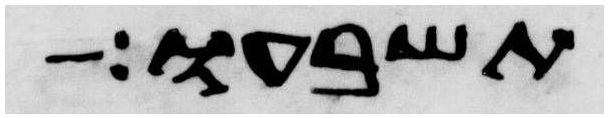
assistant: תשבעו